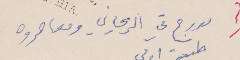
مدرج في الريحاني ومعاصروه